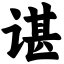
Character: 谌